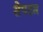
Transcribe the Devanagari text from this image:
सेपटम